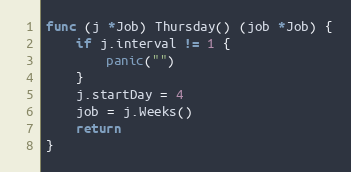
Language: Go
func (j *Job) Thursday() (job *Job) {
	if j.interval != 1 {
		panic("")
	}
	j.startDay = 4
	job = j.Weeks()
	return
}